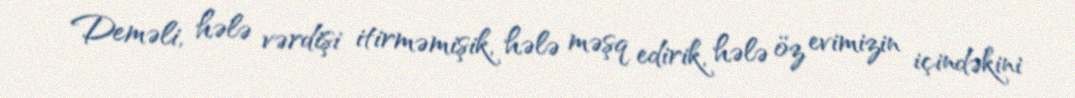
Deməli, hələ vərdişi itirməmişik, hələ məşq edirik, hələ öz evimizin içindəkini